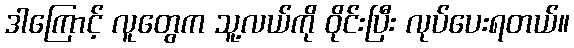
ဒါကြောင့် လူတွေက သူ့လယ်ကို ဝိုင်းပြီး လုပ်ပေးရတယ်။